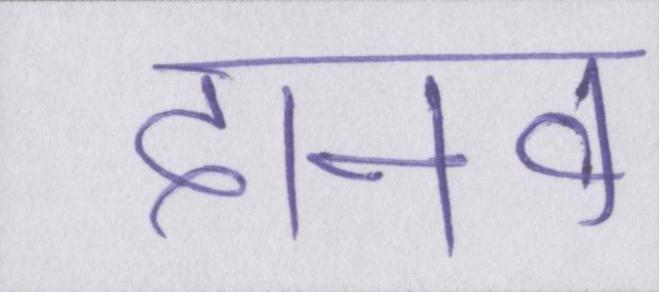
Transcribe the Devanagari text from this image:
दानव